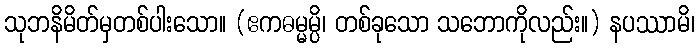
သုဘနိမိတ်မှတစ်ပါးသော။ (ဧကဓမ္မမ္ပိ၊ တစ်ခုသော သဘောကိုလည်း။) နပဿာမိ၊